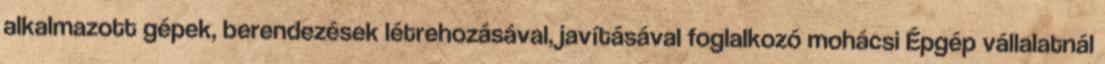
alkalmazott gépek, berendezések létrehozásával, javításával foglalkozó mohácsi Épgép vállalatnál